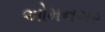
ઓમનગર